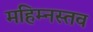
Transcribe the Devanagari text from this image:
महिम्नस्तव